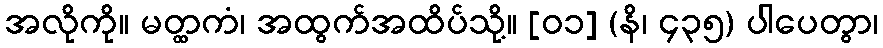
အလိုကို။ မတ္ထကံ၊ အထွက်အထိပ်သို့။ [၀၁] (နိ၊ ၄၃၅) ပါပေတွာ၊